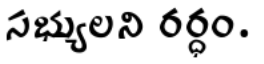
సభ్యులని రర్ధం.